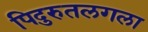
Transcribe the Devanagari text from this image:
पिदुरुतलगला